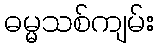
ဓမ္မသစ်ကျမ်း